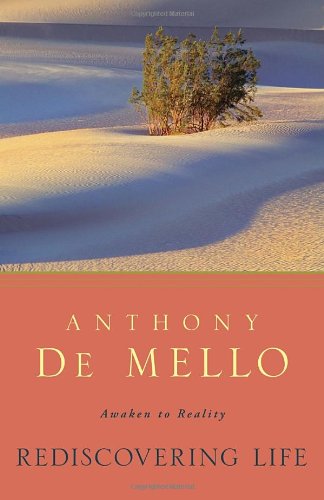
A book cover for Rediscovering Life: Awaken to Reality; Anthony De Mello; Religion & Spirituality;